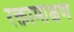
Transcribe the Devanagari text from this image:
रक्तामोक्षण